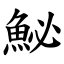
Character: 鮅